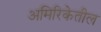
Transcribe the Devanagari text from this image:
अमिरिकेतील